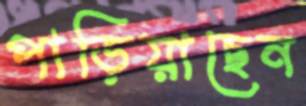
পাড়িয়াছেন